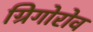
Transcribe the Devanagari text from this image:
ग्रिगोरोव